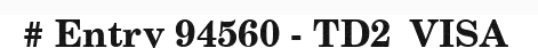
# Entry 94560 - TD2_VISA